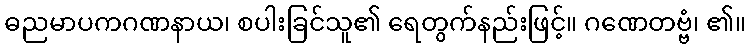
ဓညမာပကဂဏနာယ၊ စပါးခြင်သူ၏ ရေတွက်နည်းဖြင့်။ ဂဏေတဗ္ဗံ၊ ၏။